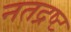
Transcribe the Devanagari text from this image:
नतद्रष्ट